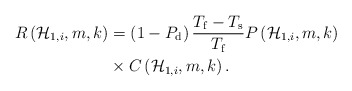
\begin{align*}R\left( { \mathcal{H} }_{ 1, i }, m, k \right) &=\left( 1-{ P }_{ \mathrm{d} } \right) \frac { { T }_{\mathrm{f} }-{ T }_{\mathrm{s} } }{ { T }_{ \mathrm{f} } } P\left( { \mathcal{H} }_{ 1, i }, m, k \right) \\&\times C\left( { \mathcal{H} }_{ 1, i }, m, k \right).\end{align*}